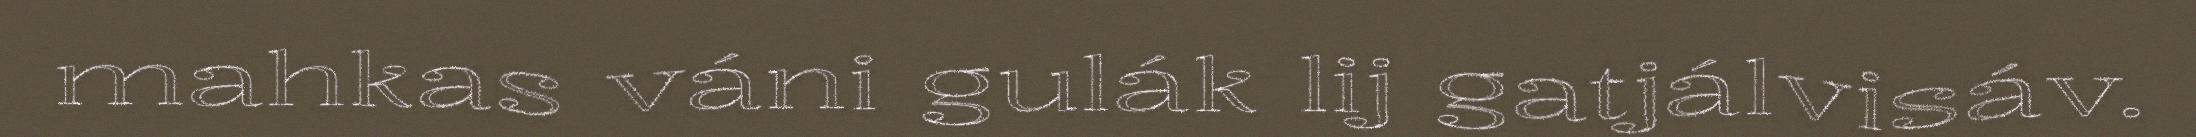
mahkas váni gulák lij gatjálvisáv.